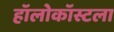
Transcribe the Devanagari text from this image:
हॉलोकॉस्टला